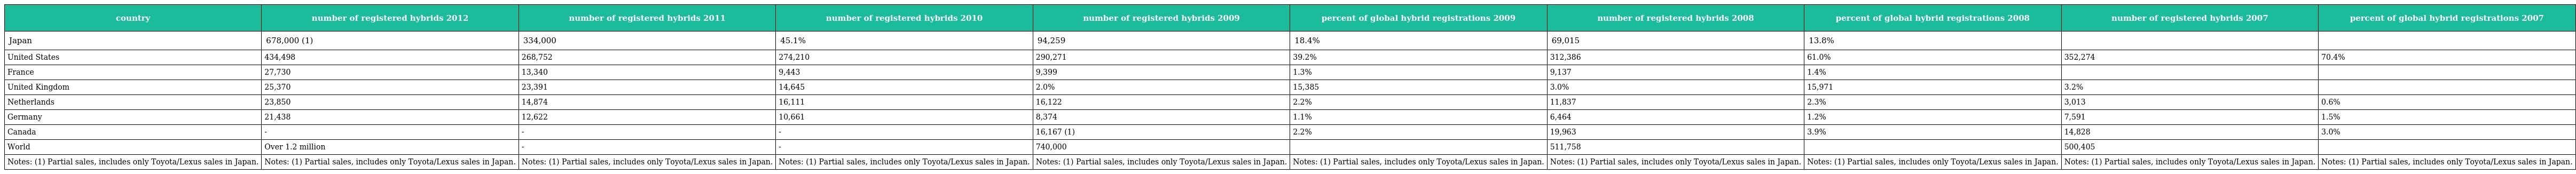
| country | number of registered hybrids 2012 | number of registered hybrids 2011 | number of registered hybrids 2010 | number of registered hybrids 2009 | percent of global hybrid registrations 2009 | number of registered hybrids 2008 | percent of global hybrid registrations 2008 | number of registered hybrids 2007 | percent of global hybrid registrations 2007 |
 | --- | --- | --- | --- | --- | --- | --- | --- | --- | --- |
 | Japan | 678,000 (1) | 334,000 | 45.1% | 94,259 | 18.4% | 69,015 | 13.8% |  |  |
 | United States | 434,498 | 268,752 | 274,210 | 290,271 | 39.2% | 312,386 | 61.0% | 352,274 | 70.4% |
 | France | 27,730 | 13,340 | 9,443 | 9,399 | 1.3% | 9,137 | 1.4% |  |  |
 | United Kingdom | 25,370 | 23,391 | 14,645 | 2.0% | 15,385 | 3.0% | 15,971 | 3.2% |  |
 | Netherlands | 23,850 | 14,874 | 16,111 | 16,122 | 2.2% | 11,837 | 2.3% | 3,013 | 0.6% |
 | Germany | 21,438 | 12,622 | 10,661 | 8,374 | 1.1% | 6,464 | 1.2% | 7,591 | 1.5% |
 | Canada | - | - | - | 16,167 (1) | 2.2% | 19,963 | 3.9% | 14,828 | 3.0% |
 | World | Over 1.2 million | - | - | 740,000 |  | 511,758 |  | 500,405 |  |
 | Notes: (1) Partial sales, includes only Toyota/Lexus sales in Japan. | Notes: (1) Partial sales, includes only Toyota/Lexus sales in Japan. | Notes: (1) Partial sales, includes only Toyota/Lexus sales in Japan. | Notes: (1) Partial sales, includes only Toyota/Lexus sales in Japan. | Notes: (1) Partial sales, includes only Toyota/Lexus sales in Japan. | Notes: (1) Partial sales, includes only Toyota/Lexus sales in Japan. | Notes: (1) Partial sales, includes only Toyota/Lexus sales in Japan. | Notes: (1) Partial sales, includes only Toyota/Lexus sales in Japan. | Notes: (1) Partial sales, includes only Toyota/Lexus sales in Japan. | Notes: (1) Partial sales, includes only Toyota/Lexus sales in Japan. |